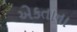
એકતાના